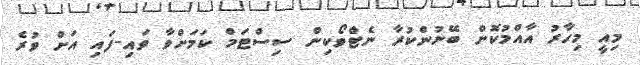
މިއީ މިހާރު އާއްމުކޮށް ބޭނުންކުރާ ނެޓްވޯކިން ސިސްޓަމް ކަމަށްވާ ވައި-ފައި އަށް ވުރެ